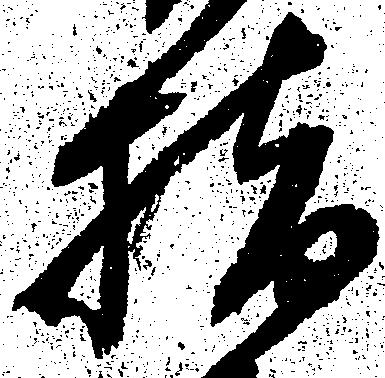
指